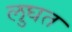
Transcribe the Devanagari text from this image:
लुघत